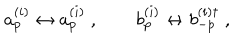
LaTeX: a _ { p } ^ { ( i ) } \leftrightarrow a _ { p } ^ { ( i ) } \ , \qquad b _ { p } ^ { ( i ) } \leftrightarrow b _ { - p } ^ { ( i ) \dagger } \ ,